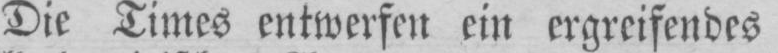
Die Times entwerfen ein ergreifendes